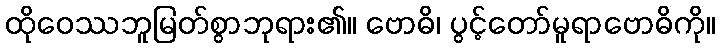
ထိုဝေဿဘူမြတ်စွာဘုရား၏။ ဗောဓိ၊ ပွင့်တော်မူရာဗောဓိကို။